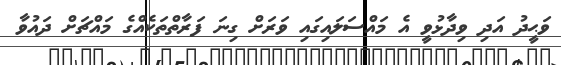
ވަޙީދު އަދި ވިދާޅުވީ އެ މައްސަލައިގައި ވަރަށް ގިނަ ފަރާތްތަކެއްގެ މައްޗަށް ދައުވާ